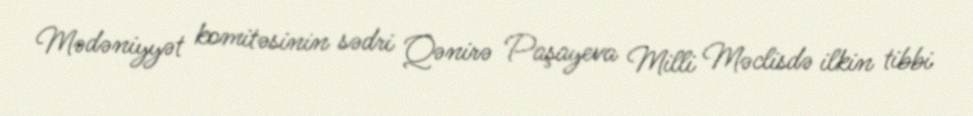
Mədəniyyət komitəsinin sədri Qənirə Paşayeva Milli Məclisdə ilkin tibbi